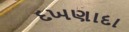
દખણાદા